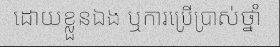
ដោយខ្លួនឯង ឬការប្រើប្រាស់ថ្នាំ